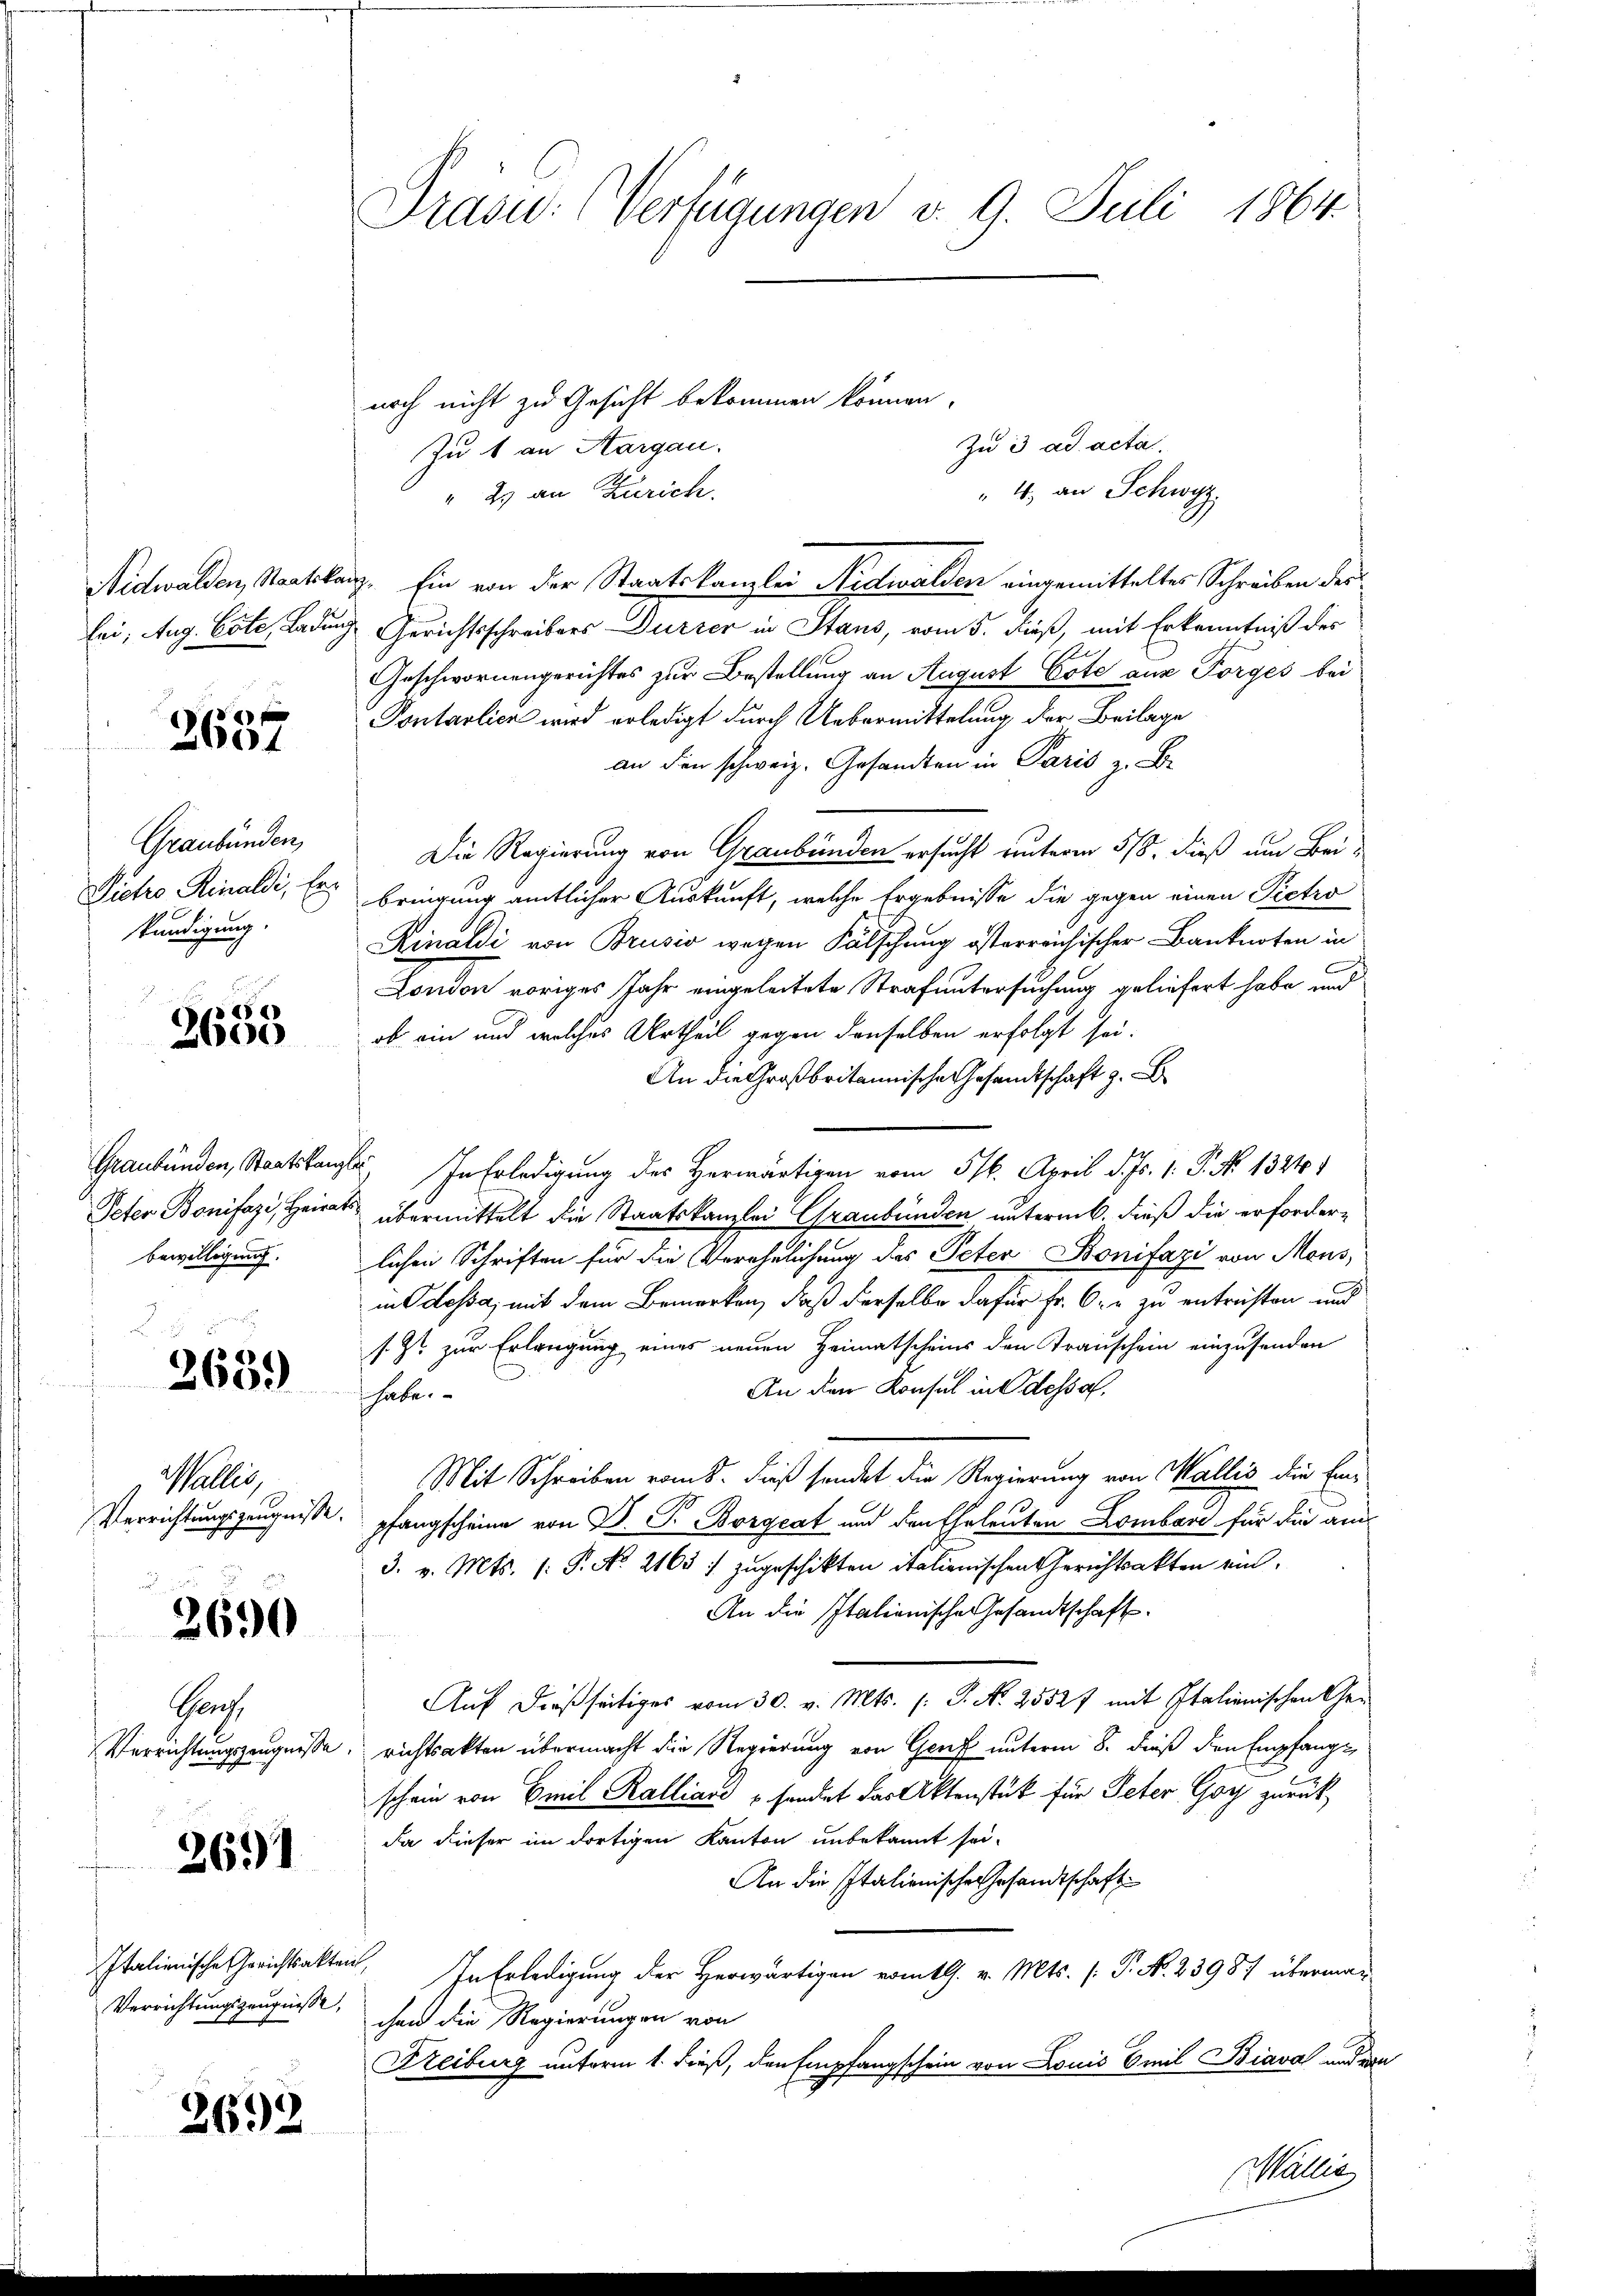
Präsid. (Verfügungen v. 9. Juli 1864.

noch nicht zu Gesicht bekommen können.
Zu 1 an Aargau.
4, an Schwyz,
" 23 an Zürich.
Nidwalden, Staatskanz. Ein von der Staatskanzlei Nidwalden eingemitteltes Schreiben der
Eei; Aug. Este, Ladung Gerichtsschreibers Dürzer in Stans, vom 5. dieß, mit Erkenntniß des
Geschwornengerichtes zur Bestellung an August Pote aus Förges bei
Pontarlich wird erledigt durch Uebermittelung der Beilage
an den schweiz. Gesandten in Paris z. B.
Die Regierung von Graubünden ersucht unterm 5/8. dieß um Bei¬
Sietro Rinaldi, Er bringung amtlicher Auskunft, welche Ergebnisse die gegen einen Pietro
Rinaldi von Brusio wegen Fälschung österreichischer Banknoten in
C
London voriges Jahr eingeleitete Strafuntersuchung geliefert habe und
 ob ein und welches Urtheil gegen denselben erfolgt sei.
An die Großbritannische Gesandtschaft z. B
Graubünden, Staatskanzler. In Erledigung des Herwärtigen vom 5. April d. Js. 1. P. No 1324.
Peter Bonifazi, Heirat übermittelt die Staatskanzlei Graubünden unterm 6. dieß die erforderlichen Schriften für die Verehelichung des Peter Bonifazi von Mens,
in dessa, mit dem Bemerken, daß derselbe dafür Fr. 6. zu entrüsten und
s. Er zur Erlangung eines neuen Heimatscheins den Transchein einzusenden
An den Konsul in dessa.
habe.
Mit Schreiben vom 8. dieß sendet die Regierung von Wallis die Ein¬
Verrichtungszeugnisse pfangscheine von D. P. Borgeat und den Eheleuten Lombare für die am
3. v. Mts. (: P. No. 2163 :/ zugeschikten italienischen Gerichtsakten ein.
An die Italienische Gesandtschaft
Auf dießseitiges vom 30. v. Mts. (: S. N. 2552f mit Italienischen Ge¬
Verrichtungszeugnisse, richtsakten übermacht die Regierung von Genf unterm 8. dieß den Empfangschein von Emil Kalliard u sendet das Aktenstück für Peter Goy zurückda dieser im dortigen Kanton unbekannt sei¬
An die Italienische Gesandtschaft
In Erledigung der Herwärtigen romtl. v. Mts. (: P. N. 23987 überma¬
Verrichtungszeugnisse, ihm die Regierungen von
Freiburg unterm 1. dieß, den Empfangschein von Louis Emil Biava und von

Zu 3 ad acta.

1
2001

Graubünden,
kundigung.

56)
2600

bewilligung.

.
3639

Wallis,

2690

Ger

2691

Italienische Gerichtsakten,

2692

I. Ballin